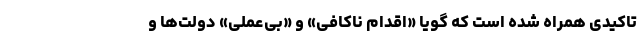
تاکیدی همراه شده است که گویا «اقدام ناکافی» و «بی‌عملی» دولت‌ها و